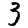
Digit: 3